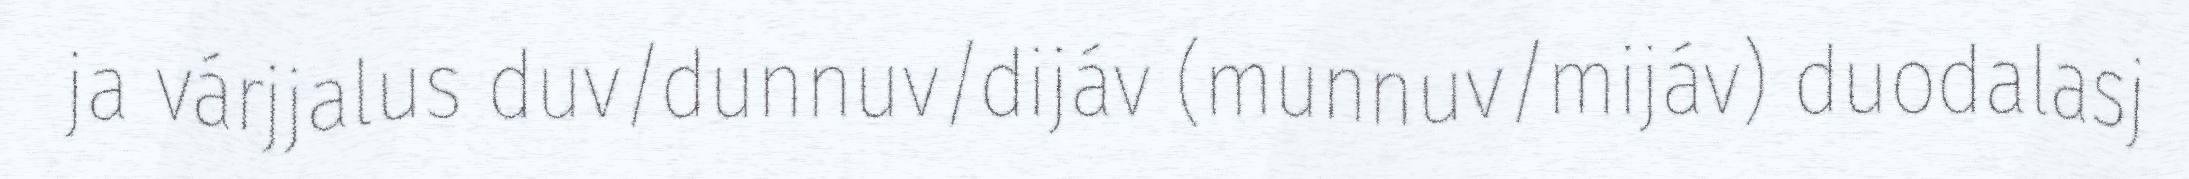
ja várjjalus duv/dunnuv/dijáv (munnuv/mijáv) duodalasj